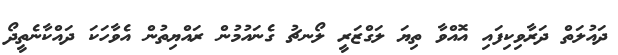
ދައުލަތް ދަރާވިކިފައި އޮއްވާ ތިޔަ ލަގްޒަރީ ލޯނޗު ގެނައުމުން ރައްޔިތުން އެވާހަކަ ދައްކާނެތީދޯ